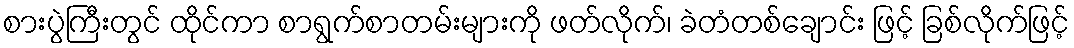
စားပွဲကြီးတွင် ထိုင်ကာ စာရွက်စာတမ်းများကို ဖတ်လိုက်၊ ခဲတံတစ်ချောင်း ဖြင့် ခြစ်လိုက်ဖြင့်